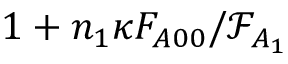
1 + n _ { 1 } \kappa F _ { A 0 0 } / \mathcal { F } _ { A _ { 1 } }